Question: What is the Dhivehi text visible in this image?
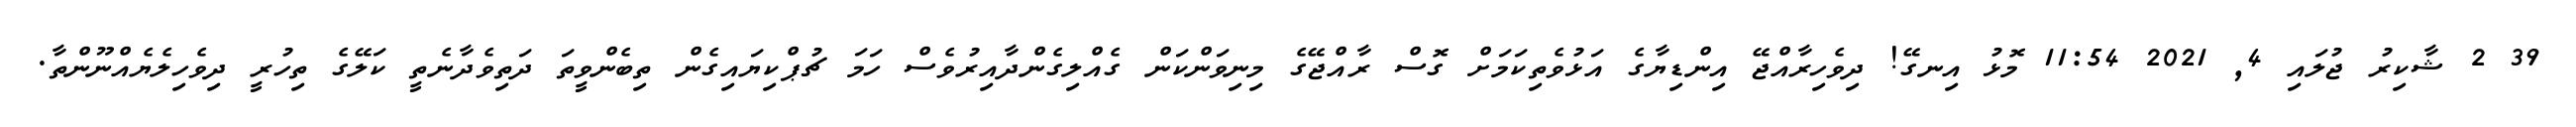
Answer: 39 2 ޝާކިރު ޖުލައި 4, 2021 11:54 މޮޅު އިނގޭ! ދިވެހިރާއްޖޭ އިންޑިޔާގެ އަޅުވެތިކަމަށް ގޮސް ރާއްޖޭގެ މިނިވަންކަން ގެއްލިގެންދާއިރުވެސް ހަމަ ޗުޕްކިޔައިގެން ތިބެންވީތަ ދަތިވެދާނެތީ ކަލޭގެ ތިހުރީ ދިވެހިލެޔެއްނޫންތާ.